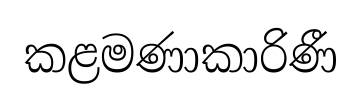
කළමණාකාරිණී